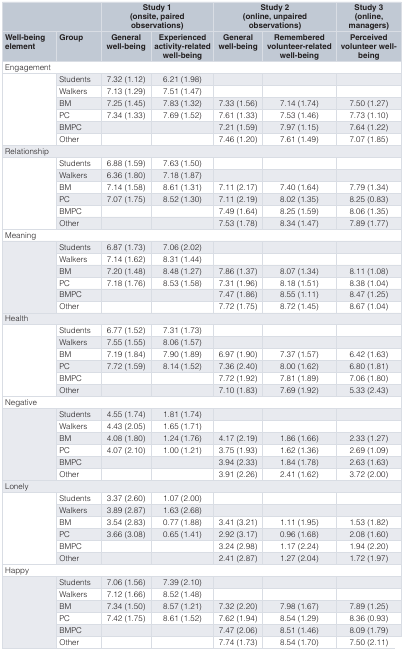
<table><thead><tr><td colspan="2"></td><td colspan="2"><b>Study 1(onsite, paired observations)</b></td><td colspan="2"><b>Study 2(online, unpaired observations)</b></td><td><b>Study 3(online, managers)</b></td></tr><tr><td><b>Well-beingelement</b></td><td><b>Group</b></td><td><b>Generalwell-being</b></td><td><b>Experiencedactivity-relatedwell-being</b></td><td><b>Generalwell-being</b></td><td><b>Rememberedvolunteer-relatedwell-being</b></td><td><b>Perceivedvolunteer well-being</b></td></tr></thead><tbody><tr><td colspan="7">Engagement</td></tr><tr><td></td><td>Students</td><td>7.32 (1.12) </td><td>6.21 (1.98) </td><td></td><td></td><td></td></tr><tr><td></td><td>Walkers</td><td>7.13 (1.29) </td><td>7.51 (1.47) </td><td></td><td></td><td></td></tr><tr><td></td><td>BM</td><td>7.25 (1.45) </td><td>7.83 (1.32)</td><td>7.33 (1.56)</td><td>7.14 (1.74)</td><td>7.50 (1.27)</td></tr><tr><td></td><td>PC</td><td>7.34 (1.33) </td><td>7.69 (1.52) </td><td>7.61 (1.33)</td><td>7.53 (1.46)</td><td>7.73 (1.10)</td></tr><tr><td></td><td>BMPC</td><td></td><td></td><td>7.21 (1.59)</td><td>7.97 (1.15)</td><td>7.64 (1.22)</td></tr><tr><td></td><td>Other</td><td></td><td></td><td>7.46 (1.20)</td><td>7.61 (1.49)</td><td>7.07 (1.85)</td></tr><tr><td colspan="7">Relationship</td></tr><tr><td></td><td>Students</td><td>6.88 (1.59) </td><td>7.63 (1.50) </td><td></td><td></td><td></td></tr><tr><td></td><td>Walkers</td><td>6.36 (1.80) </td><td>7.18 (1.87) </td><td></td><td></td><td></td></tr><tr><td></td><td>BM</td><td>7.14 (1.58) </td><td>8.61 (1.31) </td><td>7.11 (2.17)</td><td>7.40 (1.64)</td><td>7.79 (1.34)</td></tr><tr><td></td><td>PC</td><td>7.07 (1.75) </td><td>8.52 (1.30) </td><td>7.11 (2.19)</td><td>8.02 (1.35)</td><td>8.25 (0.83)</td></tr><tr><td></td><td>BMPC</td><td></td><td></td><td>7.49 (1.64)</td><td>8.25 (1.59)</td><td>8.06 (1.35)</td></tr><tr><td></td><td>Other</td><td></td><td></td><td>7.53 (1.78)</td><td>8.34 (1.47)</td><td>7.89 (1.77)</td></tr><tr><td colspan="7">Meaning</td></tr><tr><td></td><td>Students</td><td>6.87 (1.73)</td><td>7.06 (2.02)</td><td></td><td></td><td></td></tr><tr><td></td><td>Walkers</td><td>7.14 (1.62) </td><td>8.31 (1.44) </td><td></td><td></td><td></td></tr><tr><td></td><td>BM</td><td>7.20 (1.48) </td><td>8.48 (1.27) </td><td>7.86 (1.37)</td><td>8.07 (1.34)</td><td>8.11 (1.08)</td></tr><tr><td></td><td>PC</td><td>7.18 (1.76) </td><td>8.53 (1.58) </td><td>7.31 (1.96)</td><td>8.18 (1.51)</td><td>8.38 (1.04)</td></tr><tr><td></td><td>BMPC</td><td></td><td></td><td>7.47 (1.86)</td><td>8.55 (1.11)</td><td>8.47 (1.25)</td></tr><tr><td></td><td>Other</td><td></td><td></td><td>7.72 (1.75)</td><td>8.72 (1.45)</td><td>8.67 (1.04)</td></tr><tr><td colspan="7">Health</td></tr><tr><td></td><td>Students</td><td>6.77 (1.52) </td><td>7.31 (1.73) </td><td></td><td></td><td></td></tr><tr><td></td><td>Walkers</td><td>7.55 (1.55) </td><td>8.06 (1.57) </td><td></td><td></td><td></td></tr><tr><td></td><td>BM</td><td>7.19 (1.84) </td><td>7.90 (1.89) </td><td>6.97 (1.90)</td><td>7.37 (1.57)</td><td>6.42 (1.63)</td></tr><tr><td></td><td>PC</td><td>7.72 (1.59) </td><td>8.14 (1.52) </td><td>7.36 (2.40)</td><td>8.00 (1.62)</td><td>6.80 (1.81)</td></tr><tr><td></td><td>BMPC</td><td></td><td></td><td>7.72 (1.92)</td><td>7.81 (1.89)</td><td>7.06 (1.80)</td></tr><tr><td></td><td>Other</td><td></td><td></td><td>7.10 (1.83)</td><td>7.69 (1.92)</td><td>5.33 (2.43)</td></tr><tr><td colspan="7">Negative</td></tr><tr><td></td><td>Students</td><td>4.55 (1.74) </td><td>1.81 (1.74) </td><td></td><td></td><td></td></tr><tr><td></td><td>Walkers</td><td>4.43 (2.05) </td><td>1.65 (1.71) </td><td></td><td></td><td></td></tr><tr><td></td><td>BM</td><td>4.08 (1.80) </td><td>1.24 (1.76) </td><td>4.17 (2.19)</td><td>1.86 (1.66)</td><td>2.33 (1.27)</td></tr><tr><td></td><td>PC</td><td>4.07 (2.10) </td><td>1.00 (1.21) </td><td>3.75 (1.93)</td><td>1.62 (1.36)</td><td>2.69 (1.09)</td></tr><tr><td></td><td>BMPC</td><td></td><td></td><td>3.94 (2.33)</td><td>1.84 (1.78)</td><td>2.63 (1.63)</td></tr><tr><td></td><td>Other</td><td></td><td></td><td>3.91 (2.26)</td><td>2.41 (1.62)</td><td>3.72 (2.00)</td></tr><tr><td colspan="7">Lonely</td></tr><tr><td></td><td>Students</td><td>3.37 (2.60) </td><td>1.07 (2.00) </td><td></td><td></td><td></td></tr><tr><td></td><td>Walkers</td><td>3.89 (2.87) </td><td>1.63 (2.68) </td><td></td><td></td><td></td></tr><tr><td></td><td>BM</td><td>3.54 (2.83) </td><td>0.77 (1.88) </td><td>3.41 (3.21)</td><td>1.11 (1.95)</td><td>1.53 (1.82)</td></tr><tr><td></td><td>PC</td><td>3.66 (3.08) </td><td>0.65 (1.41) </td><td>2.92 (3.17)</td><td>0.96 (1.68)</td><td>2.08 (1.60)</td></tr><tr><td></td><td>BMPC</td><td></td><td></td><td>3.24 (2.98)</td><td>1.17 (2.24)</td><td>1.94 (2.20)</td></tr><tr><td></td><td>Other</td><td></td><td></td><td>2.41 (2.87)</td><td>1.27 (2.04)</td><td>1.72 (1.97)</td></tr><tr><td colspan="7">Happy</td></tr><tr><td></td><td>Students</td><td>7.06 (1.56) </td><td>7.39 (2.10) </td><td></td><td></td><td></td></tr><tr><td></td><td>Walkers</td><td>7.12 (1.66) </td><td>8.52 (1.48) </td><td></td><td></td><td></td></tr><tr><td></td><td>BM</td><td>7.34 (1.50) </td><td>8.57 (1.21) </td><td>7.32 (2.20)</td><td>7.98 (1.67)</td><td>7.89 (1.25)</td></tr><tr><td></td><td>PC</td><td>7.42 (1.75) </td><td>8.61 (1.52) </td><td>7.62 (1.94)</td><td>8.54 (1.29)</td><td>8.36 (0.93)</td></tr><tr><td></td><td>BMPC</td><td></td><td></td><td>7.47 (2.06)</td><td>8.51 (1.46)</td><td>8.09 (1.79)</td></tr><tr><td></td><td>Other</td><td></td><td></td><td>7.74 (1.73)</td><td>8.54 (1.70)</td><td>7.50 (2.11)</td></tr></tbody></table>